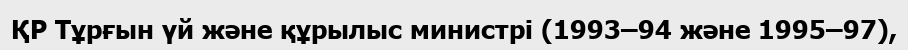
ҚР Тұрғын үй және құрылыс министрі (1993–94 және 1995–97),